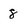
Character: 8